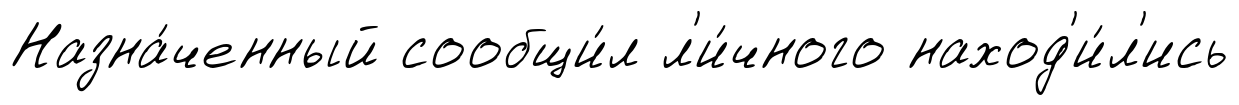
Назна́ченный сообщи́л л'и́чного наход'и́л'ись